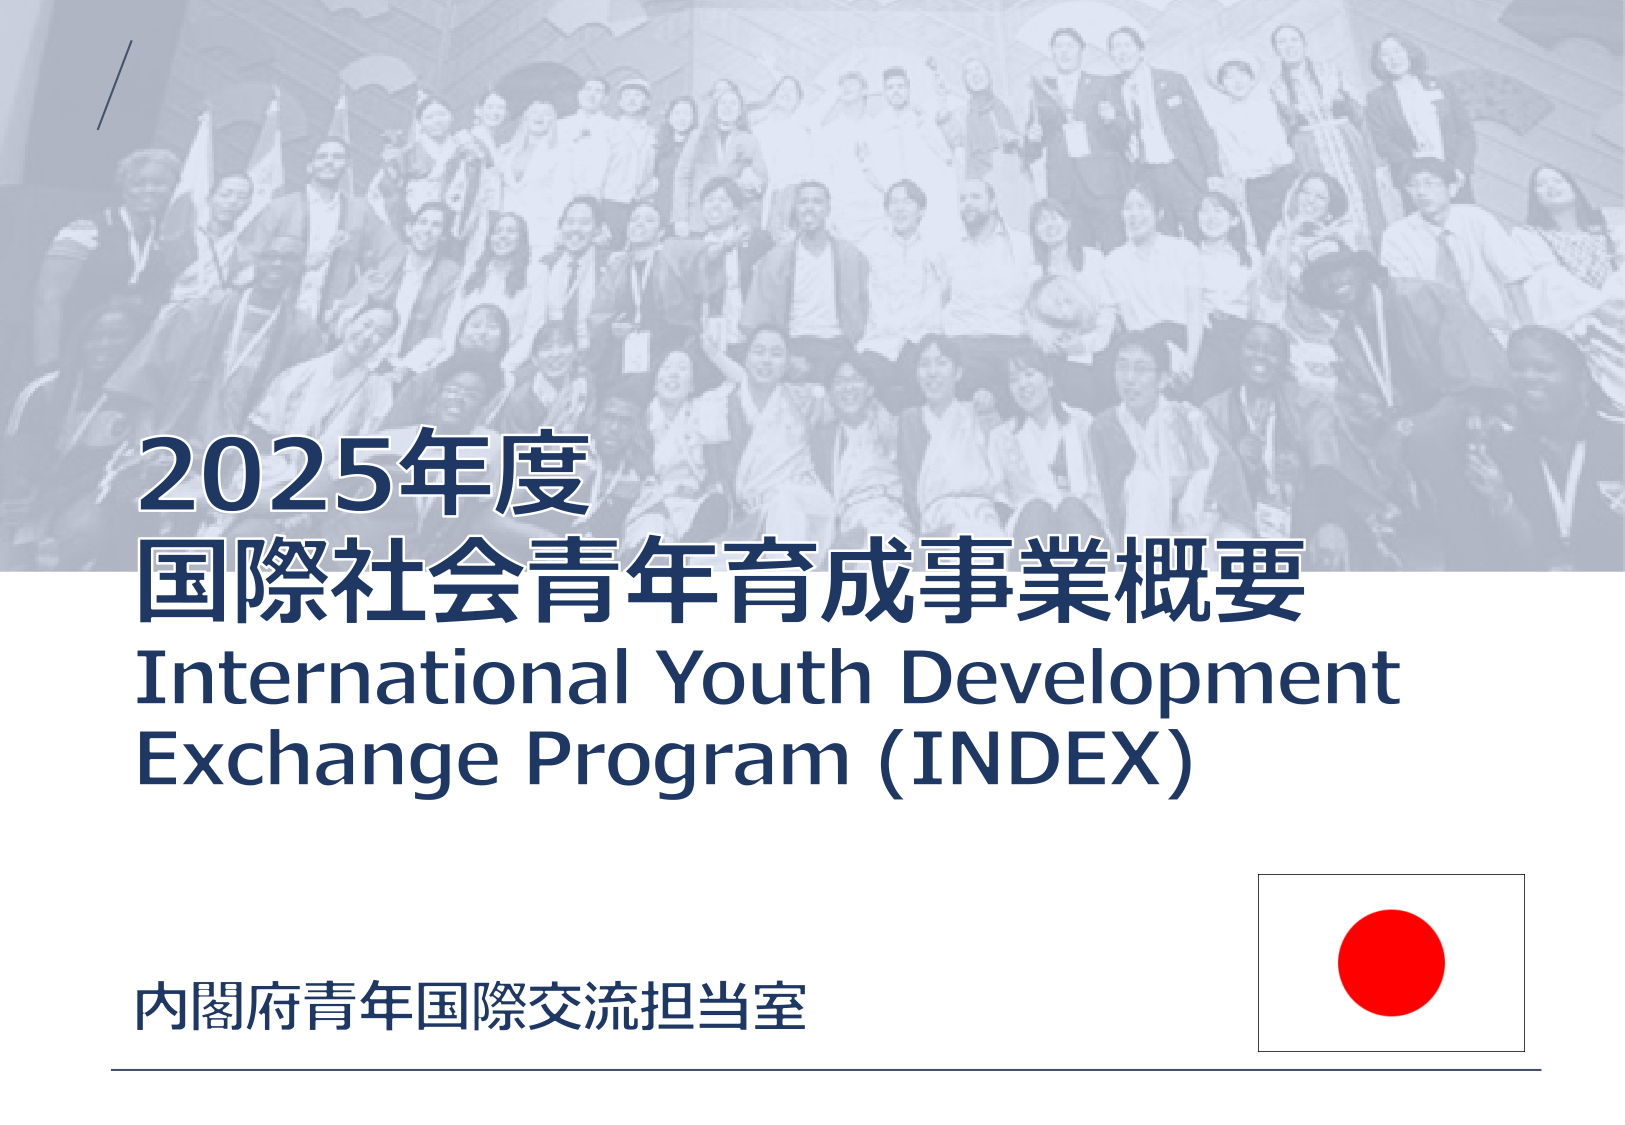
2025年度
国際社会青年育成事業概要
International Youth Development
Exchange Program (INDEX)
内閣府青年国際交流担当室